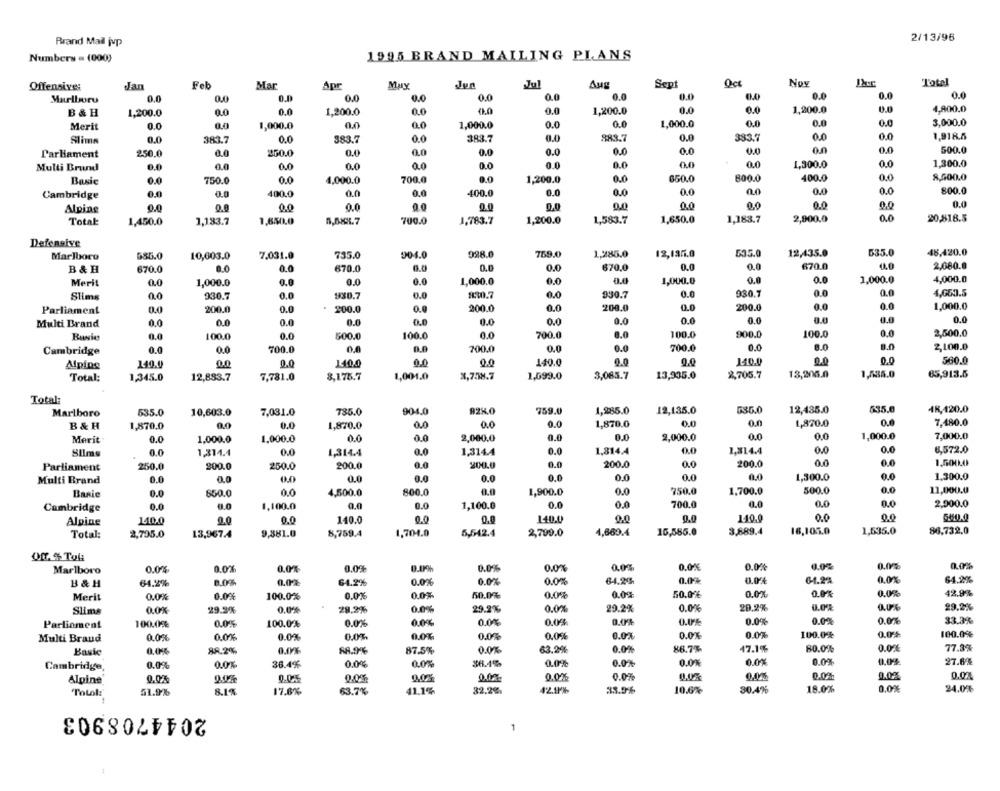
2/13/96
Brand Mail jup
Numbers = (000)
1995 BRAND MAILING PLANS
Offensives
Jan
Feb
Mar
Apr
Muy
Jul
Aug
Sept
Oct
Nov
Total
0.0
0.0
0.0
0.4
0.0
0.0
Marlboro
0.0
0.0
0.0
0.0
0.0
0.0
0.0
0.0
1,200.0
0.0
0.0
0.0
1,200.0
0.0
0.0
1,200.0
0.0
4,800.0
B & H
1,200.0
Merit
0.0
1,000.0
0.0
0.0
1,000.0
0.0
0.0
1,000.0
0.0
0.0
3,000.0
Slims
0.0
383.7
0.0
383.7
0.0
383.7
0.0
883.7
0.0
333.7
0.0
1,918.5
0.0
0.0
0.0
0.0
0.0
500.0
Parliament
250.0
0.0
250.0
0.0
0.0
Multi Brand
0.0
0.0
ac
0.0
0.0
0.0
0.0
0.0
1,300.0
0.0
1,300.0
Basic
0.0
750.0
0.0
4,000.0
700.0
0.0
1,200.0
0.0
650.0
800.0
400.0
0.0
8,500.0
0.0
0.0
800.0
Cambridge
0.0
400.0
0.0
0.0
400.0
0.0
0.0
0.0
0,0
0.0
0.0
0.0
0,0
0.0
Alpine
9.0
0.0
Totak
1,450.0
1,183.7
1,850.0
5,68X.7
700.0
1,783.7
1,200.0
1,583.7
1,650.0
1,183.7
2,900.0
0.0
20,818.5
Defensive
904.0
928.0
759.0
1,285.0
12,135.0
535.0
12,435.0
535.0
48,420.0
Marlboro
585.0
10,603.0
7.031.0
735.0
B & H
670.0
0.0
670.0
6.0
0.0
0.0
670,0
0.0
0.0
670.0
2,080.0
4,000.0
Merit
0.0
1,000.0
0.0
0.0
0.0
1,000.0
0.0
0.0
1,000.0
0.0
0.C
1,000.0
0.0
AW.7
930.7
0.0
930.7
0.0
0.0
4,650.5
Slims
0,0
930.7
980.7
0.0
0.0
200.0
0.0
200.0
0.0
200.0
0.0
200.0
0.0
200.0
0.0
0.0
1,000.0
Parliament
Multi Brand
0.0
0.0
0.0
0.0
0.0
0.0
0.0
0.0
0.0
0.0
0.0
0.0
0.0
0.0
100.0
0.0
500.0
100.0
0.0
700.0
8.0
100.0
900.0
100.0
2,500.0
0.0
700.0
0.0
700.0
0.0
0.0
700.0
0.0
0.0
2,100.0
Cambridge
0.0
Alping
140.0
00
0.0
1400
0.0
0.0
140.0
9.0
0.0
140.0
0.0
560.0
Total:
1,345.0
12,883.7
7,781.0
8,175.7
1,001.0
x,7.38.7
1,699.0
3,085.7
13,335.0
2,705.7
13,206.0
1,535.0
65,913.5
Total:
Marlboro
735.0
904.0
9280
759.0
1,285.0
12,135.0
535.0
12,435.0
535.6
48,420.0
535.0
10,603.0
7,031.0
B & H
1,870.0
0.0
0.0
1,870.0
0.0
0.0
0.0
1,870.0
0.0
1,870.0
0.6
7,480.0
0.0
0.0
1,000.0
7,000.0
Merit
0.0
1,000.0
1,000.0
0.0
0.0
2,000.0
0.0
0.0
2,000.0
0.0
0.0
1,314.4
0.0
1,314.4
0.0
1,814.4
0.0
1,814.4
0.0
0.0
6,572.0
Silms
1,314.4
Parliament
250.0
200.0
250.0
200.0
200.0
0.0
200.0
0.0
200.0
0.0
1,500.0
0.0
0.0
0.0
1,300.0
Multi Brand
0.0
0.0
0.0
0.0
0.0
0.0
0.0
1,300.0
800.0
0.0
750.0
1,700.0
500.0
0.0
11,000.0
Basic
0.0
850.0
0.0
4,500.0
1,900.0
0.0
1,100.0
0.0
0.0
1,100.0
0.0
0.0
700.0
0.0
0.0
2,900.0
Cambridge
Alpine
140.0
2.0
0.0
140.0
0.0
0.0
140.0
0.0
0.0
1.10.0
0.
500.0
1,635.0
86,732.0
Total:
2,735.0
13,967.4
9,881.0
8,759.4
1,704.0
5,542.4
2,799.0
4,660.4
16,585.0
3,889.4
18,105.0
Marlboro
0.0%%
0.0%
0.0%
0.0
0.00
0.0%
0.0%
0,0%
0,0%
0.0%
0.0%
0.0%
0.0%
B & H
64.2%
8.0%
0.0%
64.2%
0.0%
0.0%
0.0%
64.2%
0.0%
0.0%
61.24
0.0%
64.2%
0.0%
50.0%
0.0%
0.0%
0.08
42.9%
Merit
0.0%
0.00€
100.0%
0.0%
0.0%
50.0%
0.0%
0.0%
29.9%
0.0%
28.2%
0.0%
29.2%
0.0%
29.2%
0.0%
29.2%
0.0%
0.0%
29.2%
Slims
Parliament
100.0%
0.0%
100.0%
0.0%
0.0%
0.0%
0.0%
0.0%
0.076
0.0%
0.0%
0.0%
33.3%
0.0%
100.0%
0.0%
100.0%
Multi Braud
0.0%%
0,0%
0.0%
0.0%
0.0%
0.0%
0.0%
0.0%
0.0%
88.2%
0.09%
88.9%
87.5%
0.0%
63.2%
0.0%
86.7%
47.1%
80.0%
0.0%
77.3%
Basic
0.0%
0.0%
0.0%
36.4%
0.0%
0.0%
$6.45
0.0%
0.0%
0.0%
0.0%
0.0%
0.0%
27.6%
Cambridge
Alpine
0.0%
9.0%
0.0%
0,0%%
0.0%
0.0%
0.0%
0,0%
0,0%
0.0%
0.0%
0.0%
18.0%
0.0%
24.0%
ToLol:
51.9%
8.1%
17.6%
63.7%
41.1%
32,2%
42.9%
10.6%
30.4%
2044708903
1